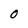
Character: O